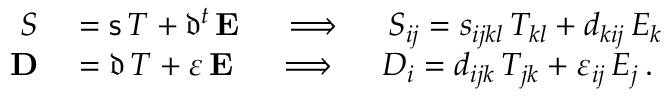
\begin{array} { r l } { { \boldsymbol { S } } } & { { } = { \mathsf { s } } \, { \boldsymbol { T } } + { \mathfrak { d } } ^ { t } \, \mathbf { E } \quad \implies \quad S _ { i j } = s _ { i j k l } \, T _ { k l } + d _ { k i j } \, E _ { k } } \\ { \mathbf { D } } & { { } = { \mathfrak { d } } \, { \boldsymbol { T } } + { \boldsymbol { \varepsilon } } \, \mathbf { E } \quad \implies \quad D _ { i } = d _ { i j k } \, T _ { j k } + \varepsilon _ { i j } \, E _ { j } \, . } \end{array}